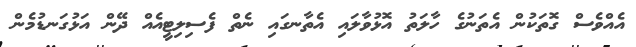
އެއްވެސް ގޮތަކުން އެތަނުގެ ހާލަތު އޮޅުވާލައި އެތާނގައި ނެތް ފެސިލިޓީއެއް ދޭން އަޅުގަނޑުމެން